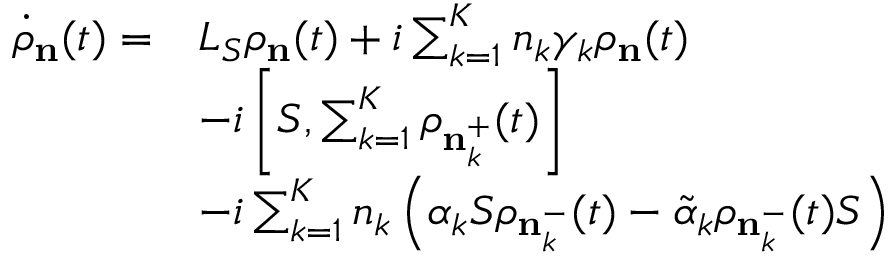
\begin{array} { r l } { { { { \dot { \rho } } } _ { \mathbf { n } } } ( t ) = } & { { { L } _ { S } } { { \rho } _ { \mathbf { n } } } ( t ) + i \sum _ { k = 1 } ^ { K } { { { n } _ { k } } { { \gamma } _ { k } } { { \rho } _ { \mathbf { n } } } } ( t ) } \\ & { - i \left[ S , \sum _ { k = 1 } ^ { K } { { { \rho } _ { \mathbf { n } _ { k } ^ { + } } } ( t ) } \right] } \\ & { - i \sum _ { k = 1 } ^ { K } { { { n } _ { k } } \left( { { \alpha } _ { k } } { { S } } { { \rho } _ { \mathbf { n } _ { k } ^ { - } } } ( t ) - { { { \tilde { \alpha } } } _ { k } } { { \rho } _ { \mathbf { n } _ { k } ^ { - } } } ( t ) S \right) } } \end{array}